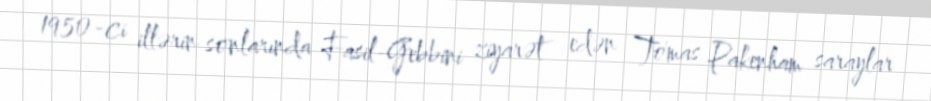
1950-ci illərin sonlarında Fasil-Gebbini ziyarət edən Tomas Pakenham saraylar